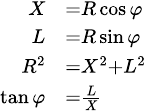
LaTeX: \scriptstyle{\begin{array}{rl}{X}&{{}=R\cos\varphi}\\ {L}&{{}=R\sin\varphi}\\ {R^{2}}&{{}=X^{2}+L^{2}}\\ {\tan\varphi}&{{}={\frac{L}{X}}}\end{array}}